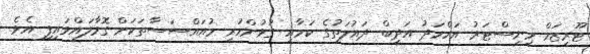
ޓޫރިޒަމް މިނިސްޓަރު އަހްމަދު އަދީބް ދައުލަތުގެ ކަމާއި ގުޅުންހުރި މުއައްސަސާތަކަށް ގޮވާލައްވައިފި އެވެ.